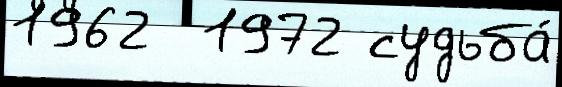
1962  1972 судьба́